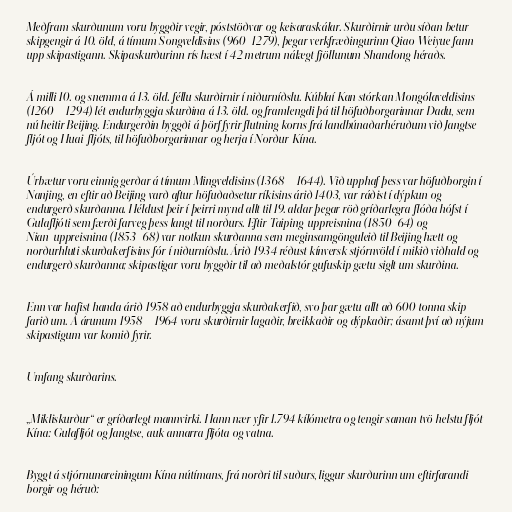
Meðfram skurðunum voru byggðir vegir, póststöðvar og keisaraskálar. Skurðirnir urðu síðan betur
skipgengir á 10. öld, á tímum Songveldisins (960–1279), þegar verkfræðingurinn Qiao Weiyue fann
upp skipastigann. Skipaskurðurinn rís hæst í 42 metrum nálægt fjöllunum Shandong héraðs.

Á milli 10. og snemma á 13. öld. féllu skurðirnir í niðurníðslu. Kúblaí Kan stórkan Mongólaveldisins
(1260—1294) lét endurbyggja skurðina á 13. öld. og framlengdi þá til höfuðborgarinnar Dadu, sem
nú heitir Beijing. Endurgerðin byggði á þörf fyrir flutning korns frá landbúnaðarhéruðum við Jangtse
fljót og Huai-fljóts, til höfuðborgarinnar og herja í Norður-Kína.

Úrbætur voru einnig gerðar á tímum Mingveldisins (1368—1644). Við upphaf þess var höfuðborgin í
Nanjing, en eftir að Beijing varð aftur höfuðaðsetur ríkisins árið 1403, var ráðist í dýpkun og
endurgerð skurðanna. Héldust þeir í þeirri mynd allt til 19. aldar þegar röð gríðarlegra flóða hófst í
Gulafljóti sem færði farveg þess langt til norðurs. Eftir Taiping-uppreisnina (1850–64) og
Nian-uppreisnina (1853–68) var notkun skurðanna sem meginsamgönguleið til Beijing hætt og
norðurhluti skurðakerfisins fór í niðurníðslu. Árið 1934 réðust kínversk stjórnvöld í mikið viðhald og
endurgerð skurðanna; skipastigar voru byggðir til að meðalstór gufuskip gætu siglt um skurðina.

Enn var hafist handa árið 1958 að endurbyggja skurðakerfið, svo þar gætu allt að 600 tonna skip
farið um. Á árunum 1958—1964 voru skurðirnir lagaðir, breikkaðir og dýpkaðir; ásamt því að nýjum
skipastigum var komið fyrir.

Umfang skurðarins.

„Mikliskurður“ er gríðarlegt mannvirki. Hann nær yfir 1.794 kílómetra og tengir saman tvö helstu fljót
Kína: Gulafljót og Jangtse, auk annarra fljóta og vatna.

Byggt á stjórnunareiningum Kína nútímans, frá norðri til suðurs, liggur skurðurinn um eftirfarandi
borgir og héruð: